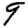
Digit: 9